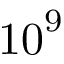
{ 1 0 } ^ { 9 }